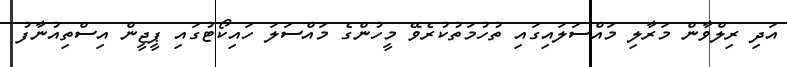
އަދި ރިލްވާން މަރާލި މައްސަލައިގައި ތުހުމަތުކުރެވޭ މީހުންގެ މައްސަލަ ހައިކޯޓުގައި ޕީޖީން އިސްތިއުނާފު